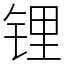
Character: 锂